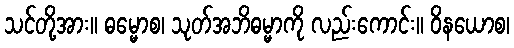
သင်တို့အား။ ဓမ္မောစ၊ သုတ်အဘိဓမ္မာကို လည်းကောင်း။ ဝိနယောစ၊